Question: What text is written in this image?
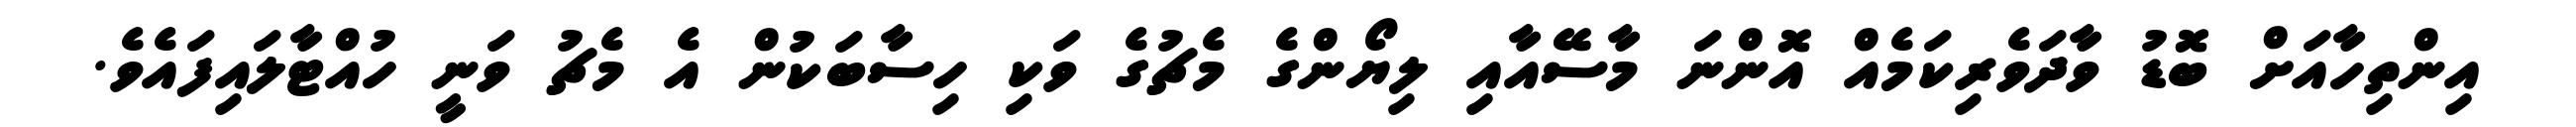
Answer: އިންތިހާއަށް ބޮޑު ވާދަވެރިކަމެއް އޮންނަ މާސޭއާއި ލިޔޯންގެ މެޗުގެ ވަކި ހިސާބަކުން އެ މެޗު ވަނީ ހުއްޓާލައިފައެވެ.